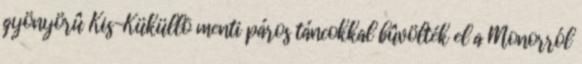
gyönyörû Kis-Küküllõ menti páros táncokkal bûvölték el a Monorról